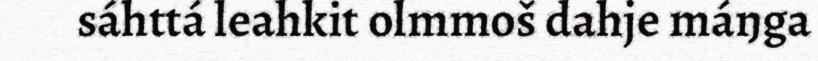
sáhttá leahkit olmmoš dahje máŋga